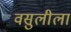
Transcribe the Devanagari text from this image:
वसुलीला